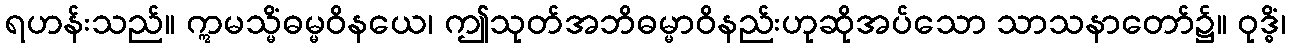
ရဟန်းသည်။ ဣမသ္မိံဓမ္မဝိနယေ၊ ဤသုတ်အဘိဓမ္မာဝိနည်းဟုဆိုအပ်သော သာသနာတော်၌။ ဝုဒ္ဓိံ၊